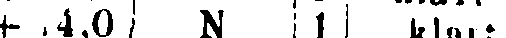
+ .4.0| N | 1 | klart